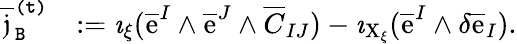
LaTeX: \begin{array}{rl}{\overline{{\mathfrak{j}}}_{\mathtt{B}}^{\mathtt{(t)}}}&{:=\imath_{\xi}(\overline{{\mathrm{e}}}^{I}\wedge\overline{{\mathrm{e}}}^{J}\wedge\overline{{C}}_{IJ})-\imath_{\mathrm{X}_{\xi}}(\overline{{\mathrm{e}}}^{I}\wedge\delta\overline{{\mathrm{e}}}_{I}).}\end{array}